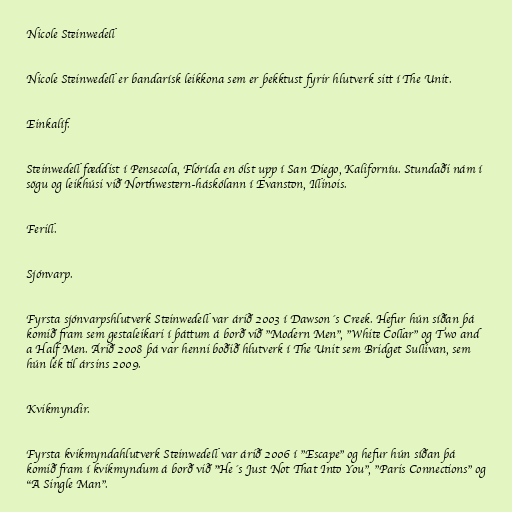
Nicole Steinwedell

Nicole Steinwedell er bandarísk leikkona sem er þekktust fyrir hlutverk sitt í The Unit.

Einkalíf.

Steinwedell fæddist í Pensecola, Flórída en ólst upp í San Diego, Kaliforníu. Stundaði nám í
sögu og leikhúsi við Northwestern-háskólann í Evanston, Illinois.

Ferill.

Sjónvarp.

Fyrsta sjónvarpshlutverk Steinwedell var árið 2003 í Dawson´s Creek. Hefur hún síðan þá
komið fram sem gestaleikari í þáttum á borð við "Modern Men", "White Collar" og Two and
a Half Men. Árið 2008 þá var henni boðið hlutverk í The Unit sem Bridget Sullivan, sem
hún lék til ársins 2009.

Kvikmyndir.

Fyrsta kvikmyndahlutverk Steinwedell var árið 2006 í "Escape" og hefur hún síðan þá
komið fram í kvikmyndum á borð við "He´s Just Not That Into You", "Paris Connections" og
"A Single Man".